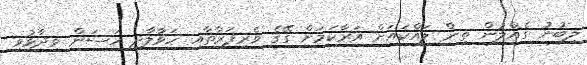
ލިބުނު ގެއްލުން ތިން ލައްކައަށް އަރާކަމަށް ގޭގެ ވެރިފަރާތާއި ހަވާލާދީ ހަސަން ވިދާޅުވި